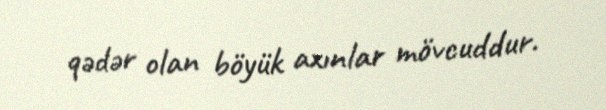
qədər olan böyük axınlar mövcuddur.